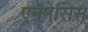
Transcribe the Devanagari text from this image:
एनेमेसिस